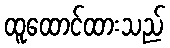
ထူထောင်ထားသည်